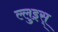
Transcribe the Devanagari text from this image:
ल्लुइस्